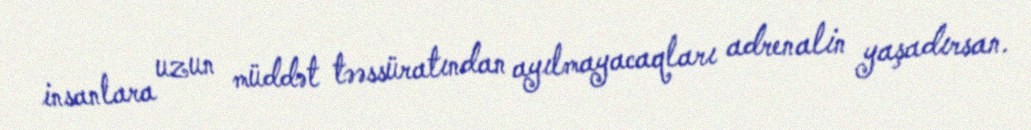
insanlara uzun müddət təəssüratından ayılmayacaqları adrenalin yaşadırsan.